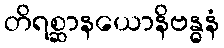
တိရစ္ဆာနယောနိဗန္ဓနံ